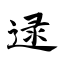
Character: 逯